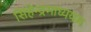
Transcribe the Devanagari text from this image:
सिंहेन्द्रमाध्ययम